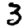
Digit: 3